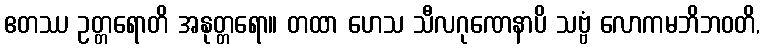
ဧတဿ ဥတ္တရောတိ အနုတ္တရော။ တထာ ဟေသ သီလဂုဏေနာပိ သဗ္ဗံ လောကမဘိဘဝတိ,